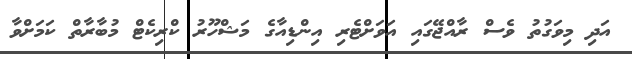
އަދި މިވަގުތު ވެސް ރާއްޖޭގައި އަވަށްޓެރި އިންޑިއާގެ މަޝްހޫރު ކްރިކެޓް މުބާރާތް ކަމަށްވާ